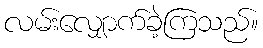
လမ်းလျှောက်ခဲ့ကြသည်။